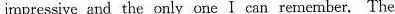
irnpressive and the only ona I can remember. The